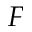
F